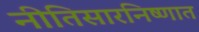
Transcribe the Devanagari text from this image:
नीतिसारनिष्णात